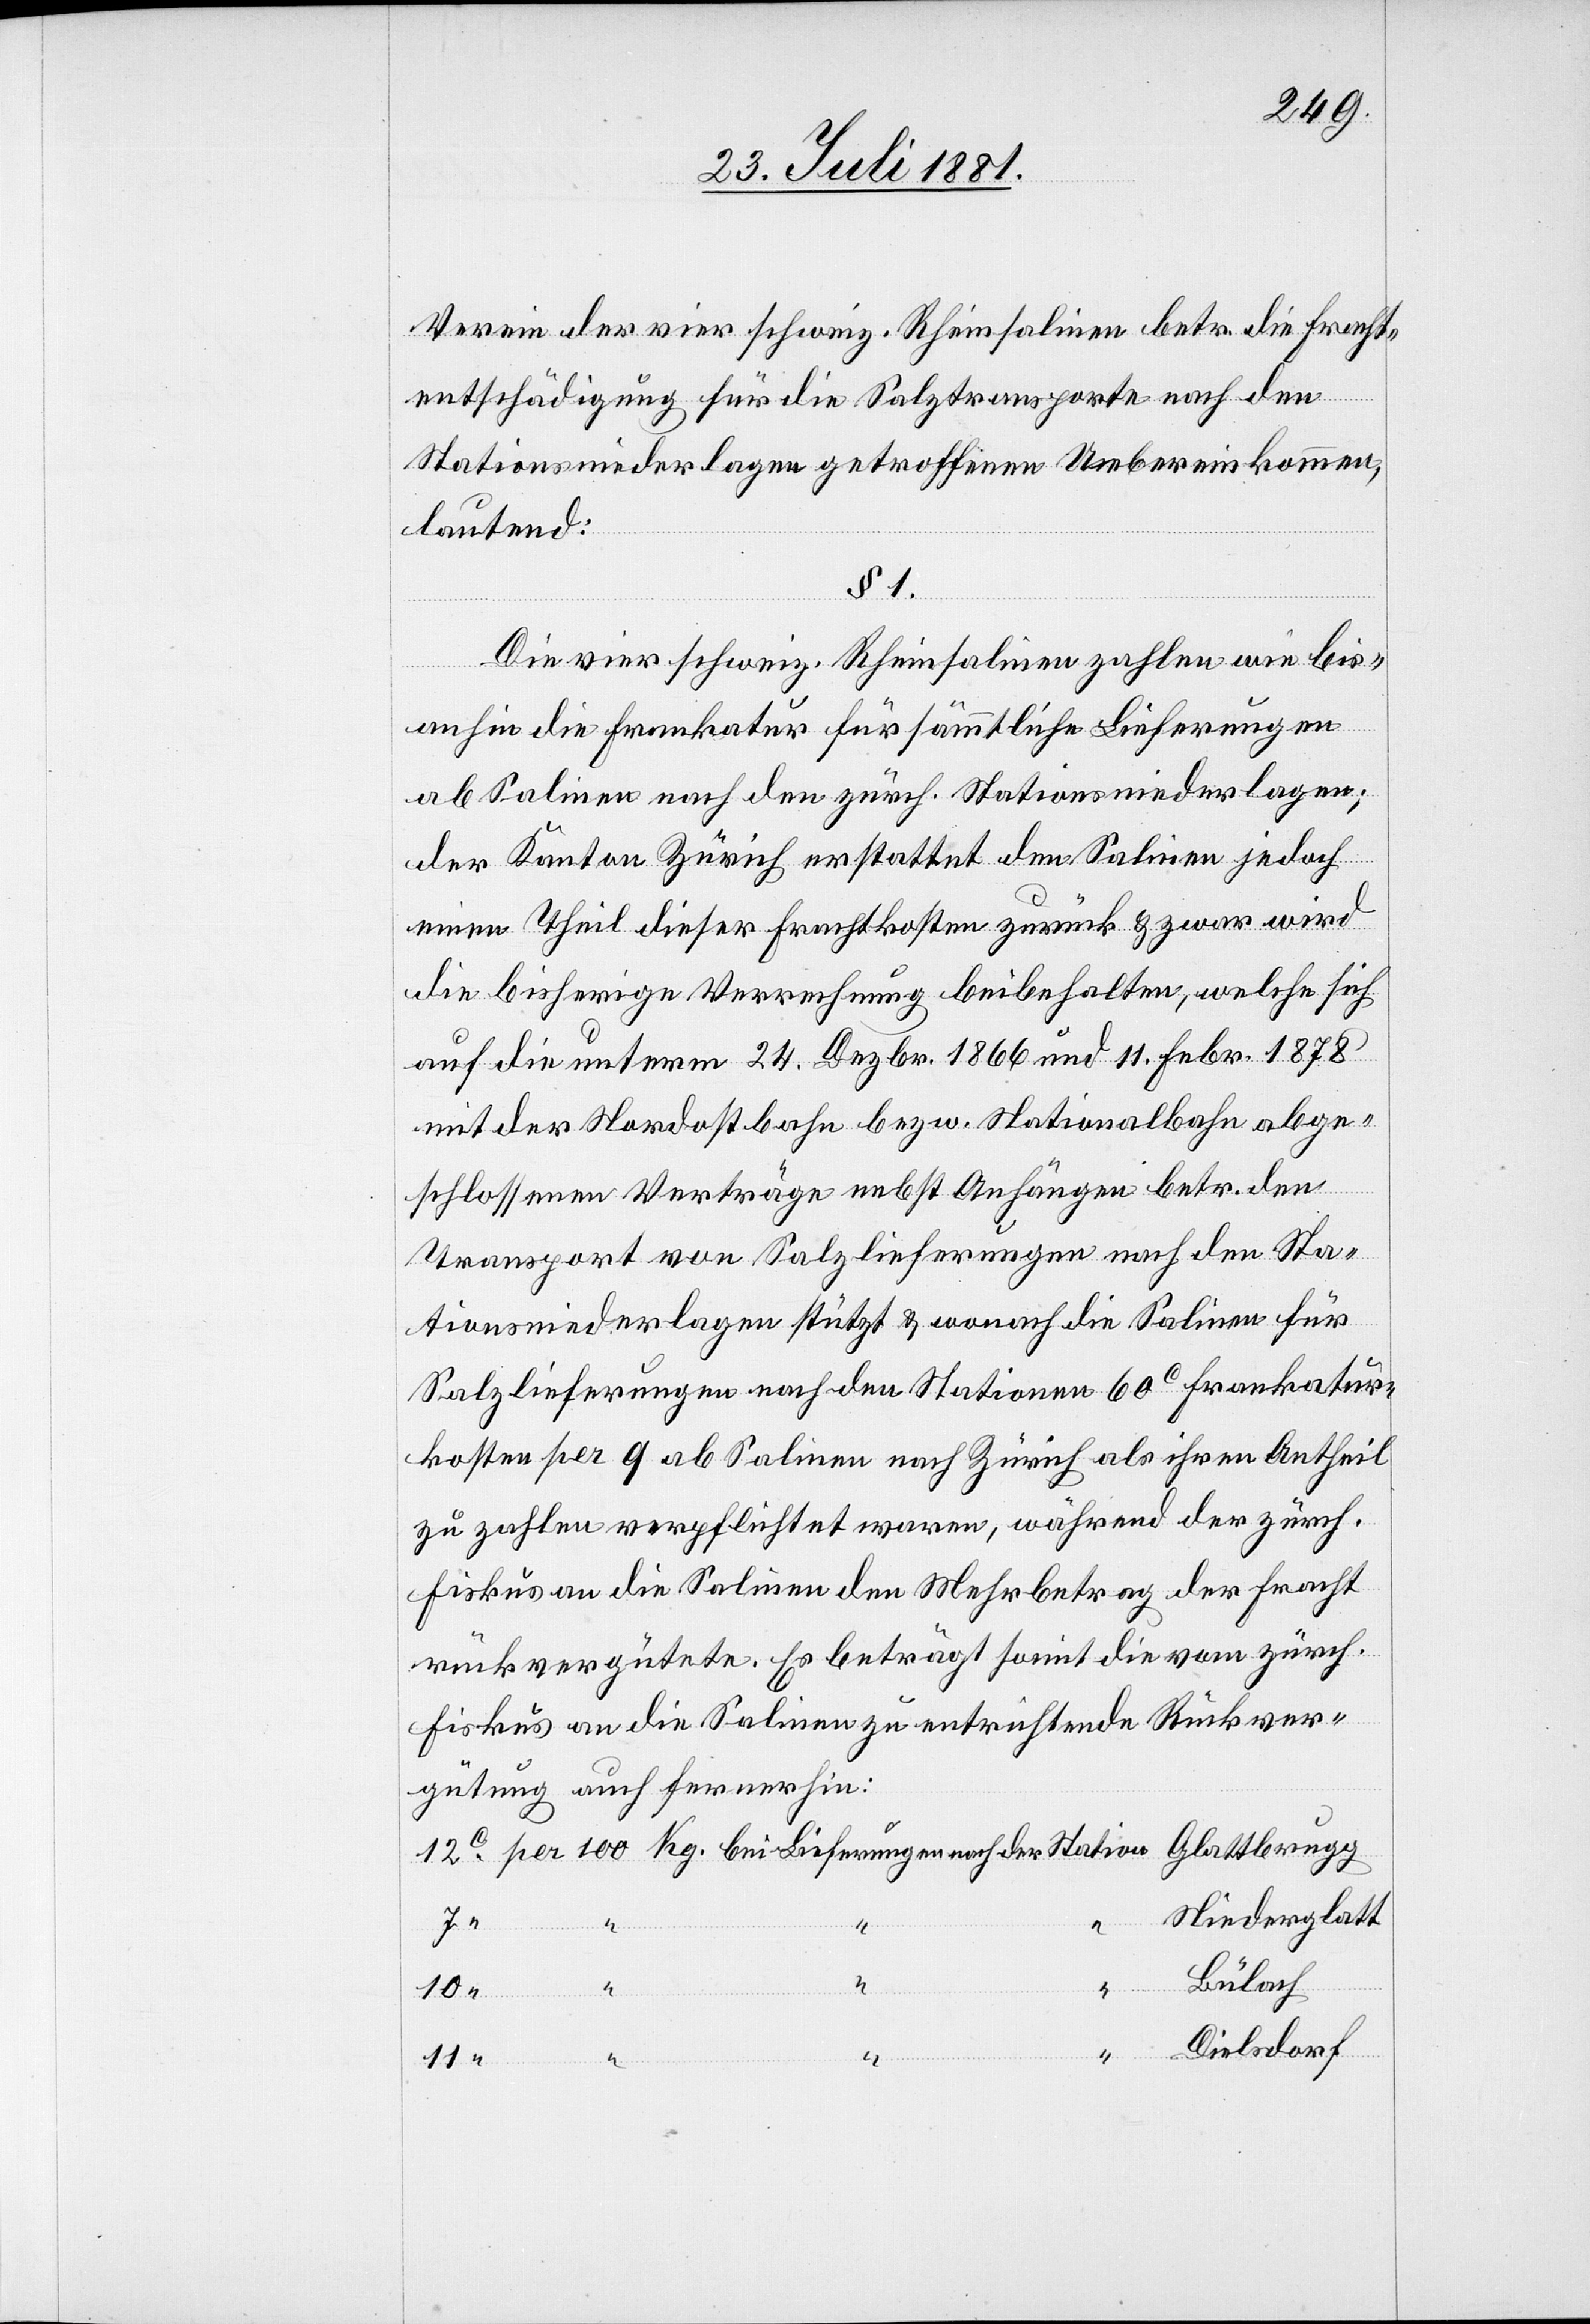
Verein der vier schweiz. Rheinsalinen betr. die Fracht¬
entschädigungen für die Salztransporte nach den
Stationsniederlagen getroffenen Uebereinkommen,
lautend:
§ 1.
Die vier schweiz. Rheinsalinen zahlen wie bis¬
Kg.
anhin die Frankatur für sämmtliche Lieferungen
ab Salinen nach den zürch. Stationsniederlagen;
der Kanton Zürich erstattet den Salinen jedoch
einen Theil dieser Frachtkosten zurück & zwar wird
die bisherige Verrechnung beibehalten, welche sich
auf die unterm 24. Dezbr. 1866 und 11. Febr. 1878
mit der Nordostbahn bezw. Nationalbahn abge¬
der
schlossenen Verträge nebst Anhängen betr. den
Transport von Salzlieferungen nach den Sta¬
tionsniederlagen stützt & wonach die Salinen für
Salzlieferungen nach den Stationen 60c Frankatur¬
kosten per q ab Salinen nach Zürich als ihren Antheil
zu zahlen verpflichtet waren, während der zürch.
Fiskus an die Salinen den Mehrbetrag der Fracht
rückvergüte. Es beträgt somit die vom zürch.
Fiskus an die Salinen zu entrichtende Rückver¬
gütung auch fernerhin:
Niedergaltt
Bülach
100
Dielsdorf
Lieferungen